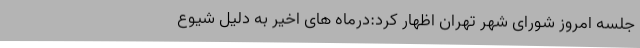
جلسه امروز شورای شهر تهران اظهار کرد:درماه های اخیر به دلیل شیوع